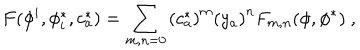
F ( \phi ^ { i } , \phi _ { i } ^ { * } , c _ { a } ^ { * } ) = \sum _ { m , n = 0 } \left( c _ { a } ^ { * } \right) ^ { m } \left( y _ { a } \right) ^ { n } F _ { m , n } ( \phi , \phi ^ { * } ) \ ,